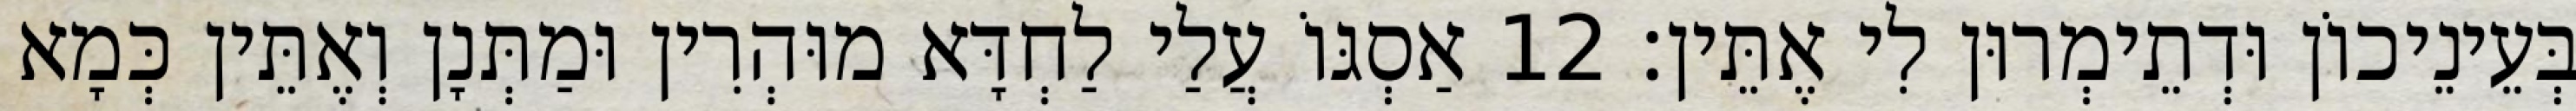
בְּעֵינֵיכוֹן וּדְתֵימְרוּן לִי אֶתֵּין׃ 12 אַסְגּוֹ עֲלַי לַחְדָּא מוּהְרִין וּמַתְּנָן וְאֶתֵּין כְּמָא